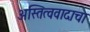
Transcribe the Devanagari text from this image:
अस्तित्ववादाचा